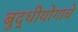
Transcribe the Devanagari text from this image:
बुद्धीयोगाचे